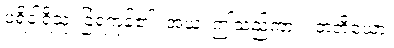
ပရိဝါရိသုံ၊ ခြံရံကုန်၏။ အယံ၊ ဤသည်ကား။ တတိယော၊